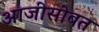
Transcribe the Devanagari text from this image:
आजीसोबत